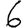
Digit: 6